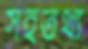
সহতথ্য